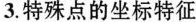
3.特殊点的坐标特征